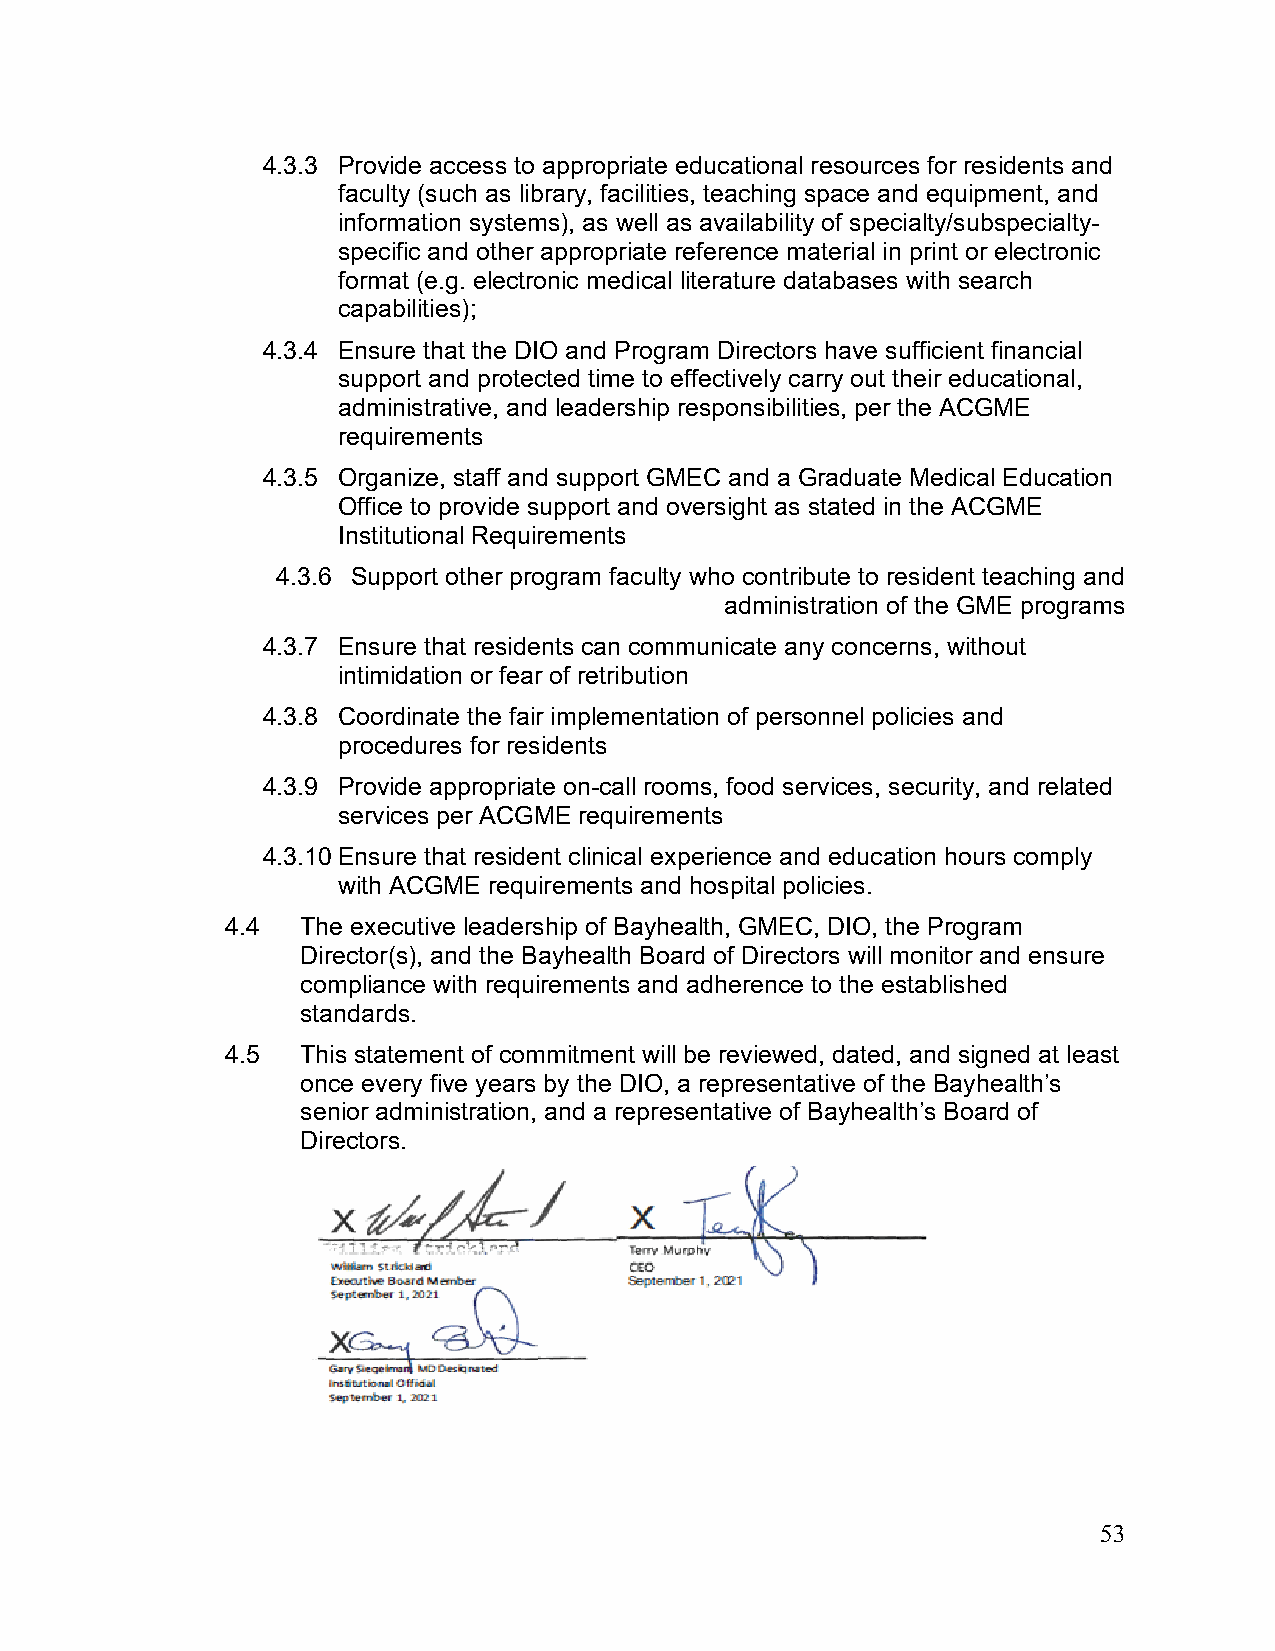
4.3.3 Provide access to appropriate educational resources for residents and
 faculty (such as library, facilities, teaching space and equipment, and
 information systems), as well as availability of specialty/subspecialty-
 specific and other appropriate reference material in print or electronic
 format (e.g. electronic medical literature databases with search
 capabilities);
 4.3.4 Ensure that the DIO and Program Directors have sufficient financial
 support and protected time to effectively carry out their educational,
 administrative, and leadership responsibilities, per the ACGME
 requirements
 4.3.5 Organize, staff and support GMEC and a Graduate Medical Education
 Office to provide support and oversight as stated in the ACGME
 Institutional Requirements
 4.3.6 Support other program faculty who contribute to resident teaching and
 administration of the GME programs
 4.3.7 Ensure that residents can communicate any concerns, without
 intimidation or fear of retribution
 4.3.8 Coordinate the fair implementation of personnel policies and
 procedures for residents
 4.3.9 Provide appropriate on-call rooms, food services, security, and related
 services per ACGME requirements
 4.3.10 Ensure that resident clinical experience and education hours comply
 with ACGME requirements and hospital policies.
 4.4  The executive leadership of Bayhealth, GMEC, DIO, the Program
 Director(s), and the Bayhealth Board of Directors will monitor and ensure
 compliance with requirements and adherence to the established
 standards.
 4.5  This statement of commitment will be reviewed, dated, and signed at least
 once every five years by the DIO, a representative of the Bayhealth’s
 senior administration, and a representative of Bayhealth’s Board of
 Directors.
 53